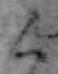
く